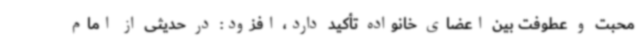
محبت و عطوفت بین اعضای خانواده تأکید دارد، افزود: در حدیثی از امام